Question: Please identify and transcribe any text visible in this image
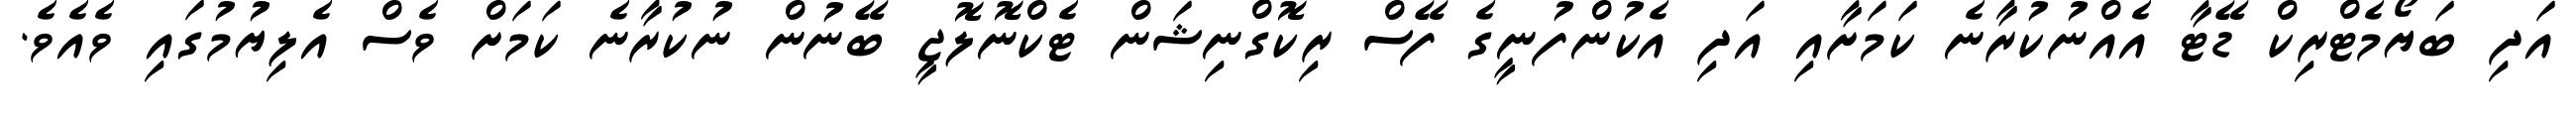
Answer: އަދި ބަޔޯމެޓްރިކް ޑޭޓާ އެއްނުކުރާނެ ކަމަށާއި އަދި އެކުންފުނީގެ ފޭސް ރިކޮގްނިޝަން ޓެކްނޮލޮޖީ ބޭނުން ނުކުރާނެ ކަމަށް ވެސް އެލިޔުމުގައި ވެއެވެ.